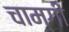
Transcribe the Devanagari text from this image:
चाम्गी